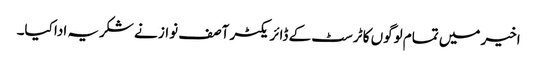
اخیر میں تمام لوگوں کا ٹرسٹ کے ڈائریکٹر آصف نواز نے شکریہ ادا کیا۔